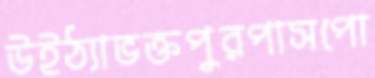
উইঠ্যাভক্তপুরপাসপো